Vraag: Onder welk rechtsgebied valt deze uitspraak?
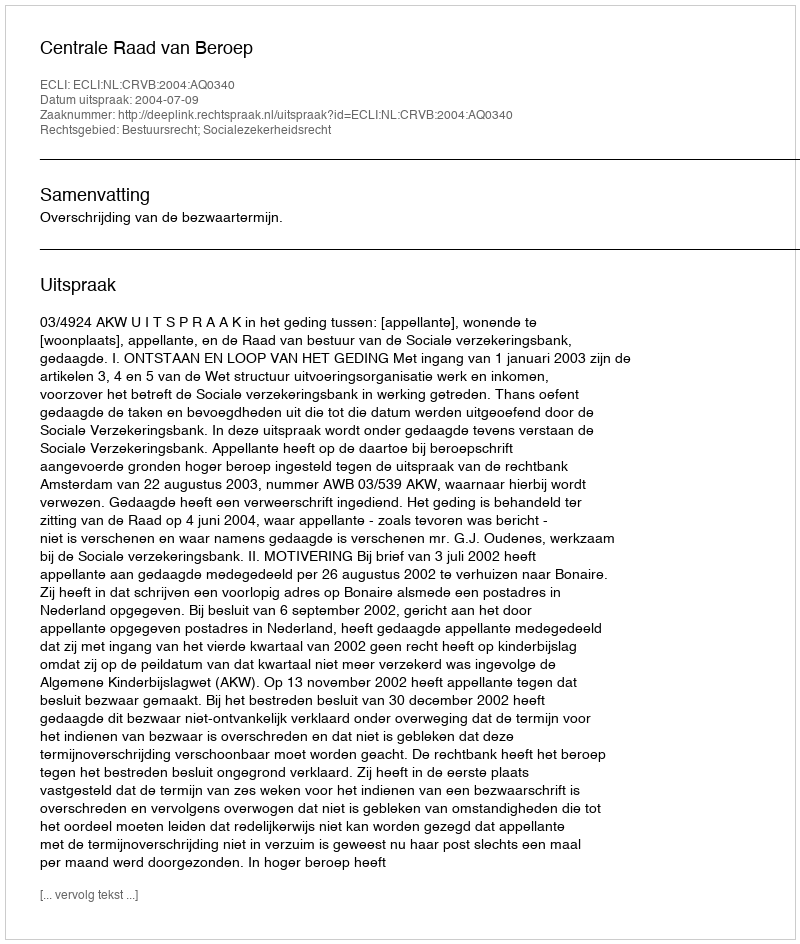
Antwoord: Bestuursrecht; Socialezekerheidsrecht